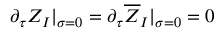
\partial _ { \tau } Z _ { I } | _ { \sigma = 0 } = \partial _ { \tau } \overline { { { Z } } } _ { I } | _ { \sigma = 0 } = 0